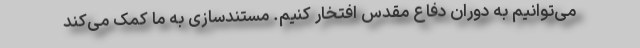
می‌توانیم به دوران دفاع مقدس افتخار کنیم. مستندسازی به ما کمک می‌کند